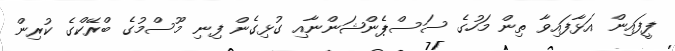
ފީފައިން އަޅާފައިވާ ތިން މަހުގެ ސަސްޕެންޝަންނާއި ގުޅިގެން ފިނި މޫސްމުގެ ބްރޭކްގެ ކުރިން